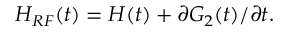
\begin{array} { r } { H _ { R F } ( t ) = H ( t ) + \partial G _ { 2 } ( t ) / \partial t . } \end{array}